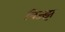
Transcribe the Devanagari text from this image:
विज्झ